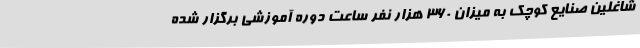
شاغلین صنایع کوچک به میزان 360 هزار نفر ساعت دوره آموزشی برگزار شده